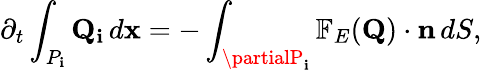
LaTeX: \partial_{t}\int_{P_{\mathbf{i}}}\mathbf{{Q}}_{\mathbf{i}}\, d\mathbf{{x}}=-\int_{\partialP_{\mathbf{i}}}\mathbb{{F}}_{E}(\mathbf{{Q}})\cdot\mathbf{{n}}\, dS,